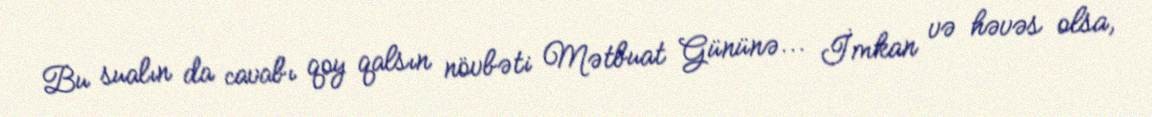
Bu sualın da cavabı qoy qalsın növbəti Mətbuat Gününə... İmkan və həvəs olsa,